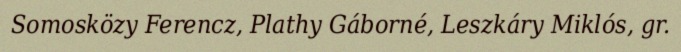
Somosközy Ferencz, Plathy Gáborné, Leszkáry Miklós, gr.